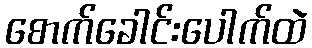
စောက်ခေါင်းပေါက်ထဲ